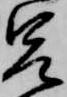
兄